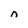
Character: n